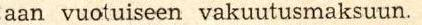
taan vuotuiseen vakuutusmaksuun.